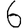
Digit: 6